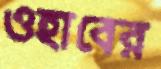
ওহাবের